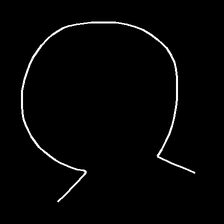
Glyph: weave